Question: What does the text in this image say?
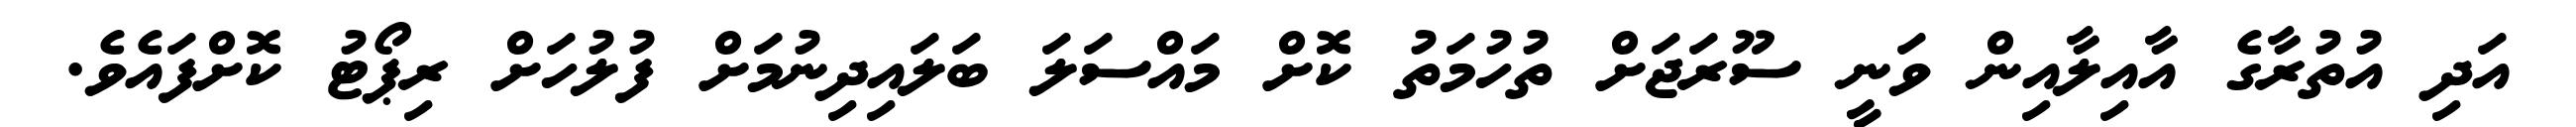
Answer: އަދި އުތުރާގެ އާއިލާއިން ވަނީ ސޫރަޖަށް ތުހުމަތު ކޮށް މައްސަލަ ބަލައިދިނުމަށް ފުލުހަށް ރިޕޯޓު ކޮށްފައެވެ.